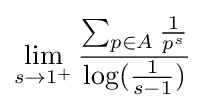
\lim _{s\rightarrow 1^{+}}{\sum _{p\in A}{1 \over p^{s}} \over \log({\frac {1}{s-1}})}